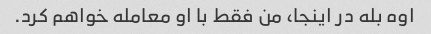
اوه بله در اینجا، من فقط با او معامله خواهم کرد.